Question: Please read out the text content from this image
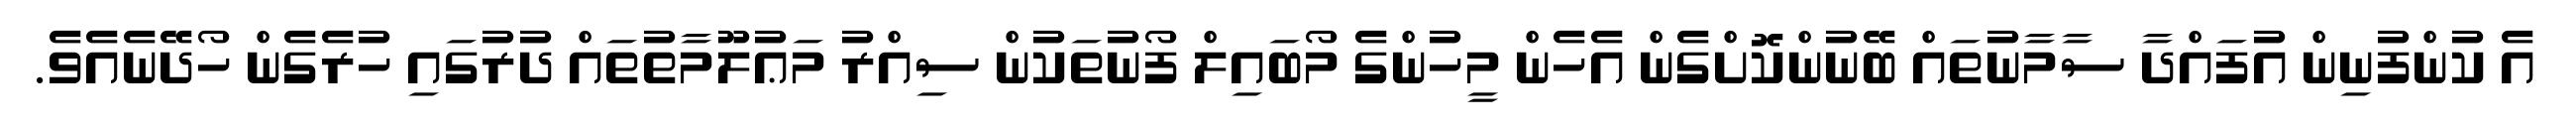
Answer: އެ ކުންފުނިން އުފައްދާ ސާމާނުތައް ބޭނުންކޮށްގެން އެހެން މީހުންގެ މޯބައިލް ފޯނުތަކުން ސިއްރު މަޢުލޫމާތުތައް ދުރުގައި ހުރެގެން ހޯދޭނެއެވެ.